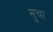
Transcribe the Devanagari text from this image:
सुचा